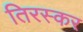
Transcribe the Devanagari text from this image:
तिरस्कर